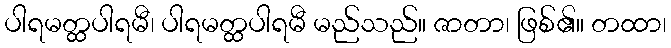
ပါရမတ္ထပါရမီ၊ ပါရမတ္ထပါရမီ မည်သည်။ ဇာတာ၊ ဖြစ်၏။ တထာ၊